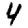
Digit: 4